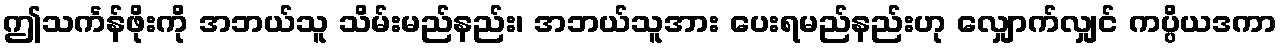
ဤသင်္ကန်ဖိုးကို အဘယ်သူ သိမ်းမည်နည်း၊ အဘယ်သူအား ပေးရမည်နည်းဟု လျှောက်လျှင် ကပ္ပိယဒကာ